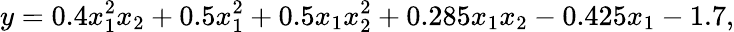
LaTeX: y=0.4x_{1}^{2}x_{2}+0.5x_{1}^{2}+0.5x_{1}x_{2}^{2}+0.285x_{1}x_{2}-0.425x_{1}-1.7,